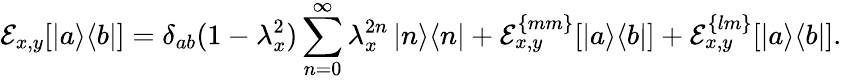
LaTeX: \mathcal{E}_{x,y}[\left|a\middle>\middle<b\right|]=\delta_{ab}(1-\lambda_{x}^{2})\sum_{n=0}^{\infty}\lambda_{x}^{2n}\left|n\middle>\middle<n\right|+\mathcal{E}_{x,y}^{\{ mm\} }[\left|a\middle>\middle<b\right|]+\mathcal{E}_{x,y}^{\{ lm\} }[\left|a\middle>\middle<b\right|].